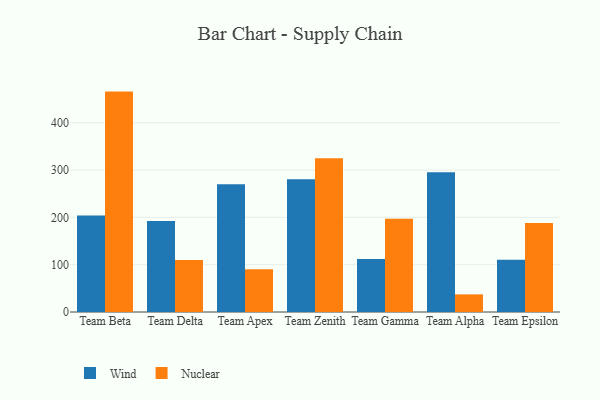
{"axis": {"x": "Team", "y": "Demand Index"}, "legend": ["Nuclear", "Wind"], "data": [{"x": "Team Beta", "y": 203.8, "type": "Wind"}, {"x": "Team Beta", "y": 465.8, "type": "Nuclear"}, {"x": "Team Delta", "y": 192.3, "type": "Wind"}, {"x": "Team Delta", "y": 109.9, "type": "Nuclear"}, {"x": "Team Apex", "y": 269.9, "type": "Wind"}, {"x": "Team Apex", "y": 90.4, "type": "Nuclear"}, {"x": "Team Zenith", "y": 280.5, "type": "Wind"}, {"x": "Team Zenith", "y": 325.0, "type": "Nuclear"}, {"x": "Team Gamma", "y": 112.0, "type": "Wind"}, {"x": "Team Gamma", "y": 197.0, "type": "Nuclear"}, {"x": "Team Alpha", "y": 295.3, "type": "Wind"}, {"x": "Team Alpha", "y": 37.3, "type": "Nuclear"}, {"x": "Team Epsilon", "y": 110.5, "type": "Wind"}, {"x": "Team Epsilon", "y": 188.3, "type": "Nuclear"}]}